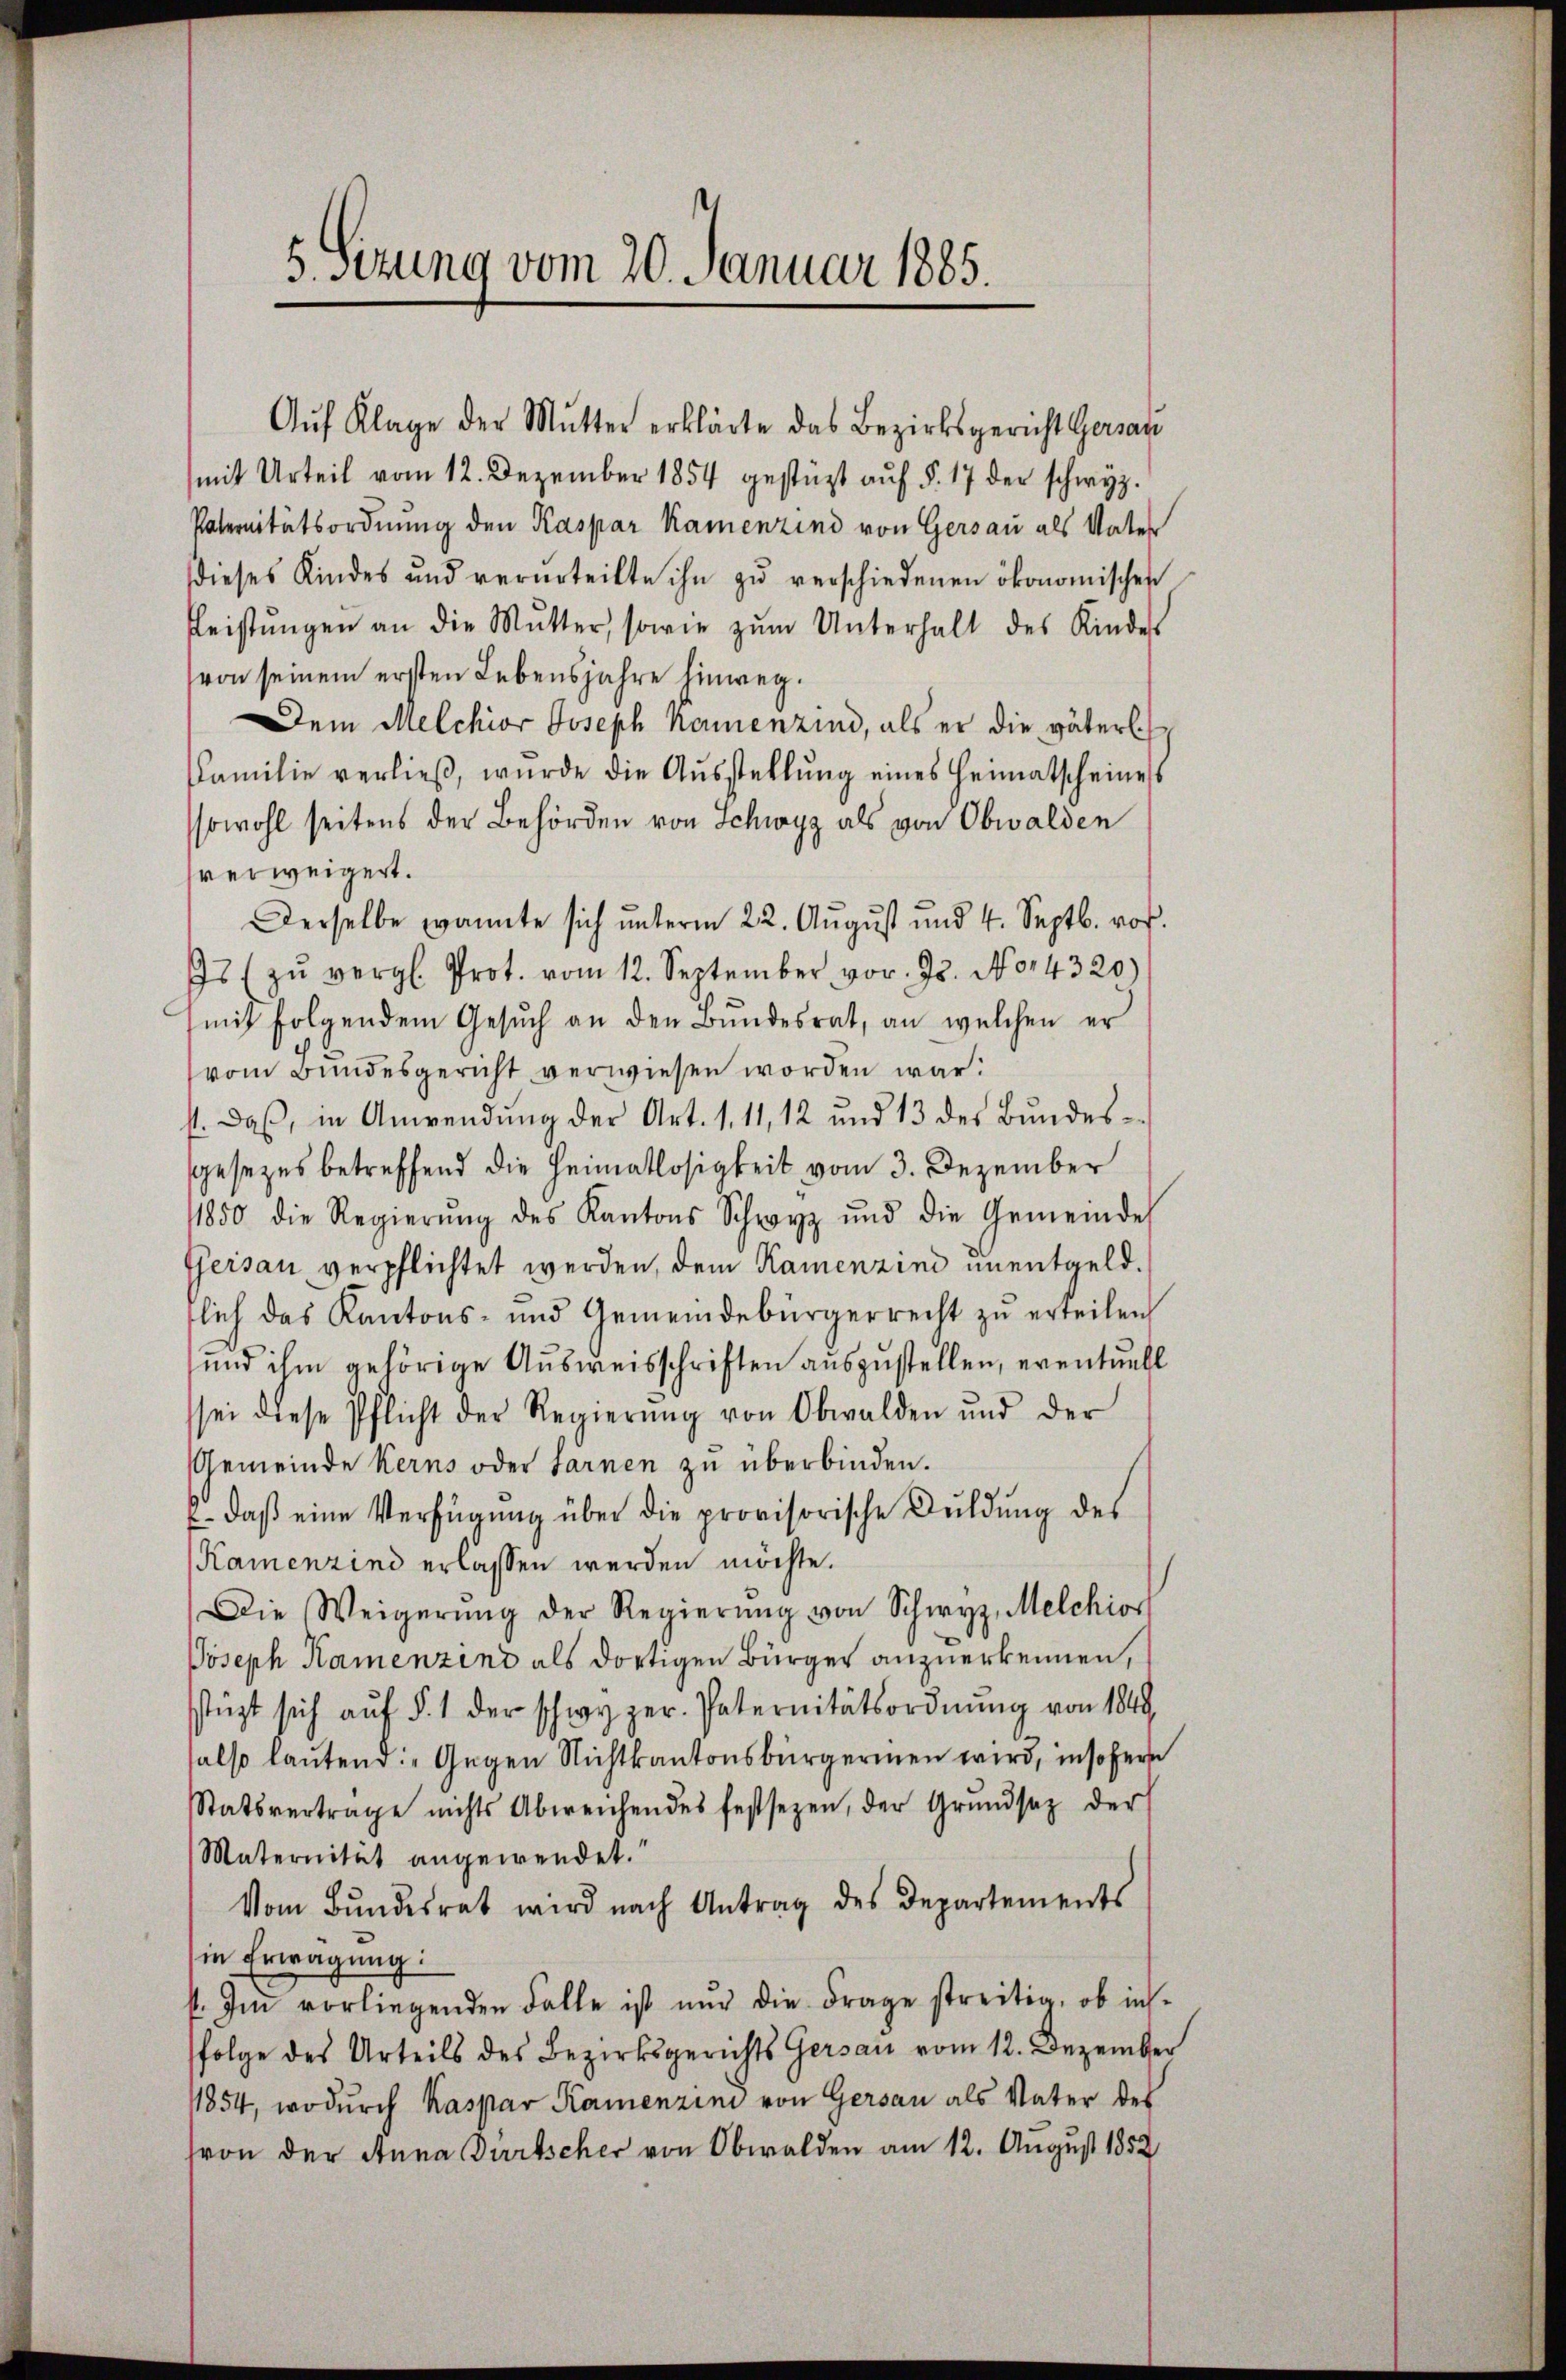
5 Sizung vom 20. Januar 1885.

Aŭf Klage der Mutter erklärte das Bezirksgericht Gersatz
mit Urteil vom 12. Dezember 1854 gestüzt aŭf § 17 der schwyz.
Paternitätsordnung den Kaspar Kamenzind von Gersau als Vater
dieses Kindes und verurteilte ihn zŭ verschiedenen ökonomischen
fleistŭngen an die Mutter, sowie zŭm Unterhalt des Kindes
von seinem ersten Lebensjahre hinweg.
Dem Melchior Joseph Kamenzind, als er die väterl
Familie verlieβ, wurde die Aŭsstellŭng eines Heimatscheines
sowohl seitens der Behörden von Schwyz als von Obwalden
hverweigert.
Derselbe kannte sich ŭnterm 22. Aŭgŭst und 4. Septb. vor.
Is (zŭ vergl. Prot. vom 12. September vor. Js. No 14320
mit folgendem Gesŭch an den Bŭndesrat, an welchen er
vom Bundesgericht verwiesen worden war.
st. Daß, in Anwendung der Art. 1. 11, 12 und 13 des Bundes-
gesezes betreffend die Heimatlosigkeit vom 3. Dezember
11850 die Regierŭng des Kantons Schwyz und die Gemeinde
Gersau verpflichtet werden, dem Kamenzind unentgeld.
flich das Kantons- und Gemeindebürgerrecht zŭ erteilen,
und ihm gehörige Ausweisschriften auszustellen, eventuell
sei diese Pflicht der Regierŭng von Obwalden und der
Gemeinde Kerns oder Sarnen zŭ überbinden.
E daß eine Verfügung über die provisorische Duldung des
Kamenzind erlassen werden möchte.
Die Weigerŭng der Regierŭng von Schwyz, Melchios
Joseph Kamenzend als dortigen Bürger anzuerkennen,
stüzt sich aŭf § 1 der schwyzer. Paternitätsordnŭng von 1849
salso lautend: „Gegen Nichtkantonsbürgermen wird, insofern
Statsvertrage nichts Abweichendes festsezen, der Grŭndsaz der
Maternität angewendet.
Vom Bŭndesrat wird nach Antrag des Departements
in Erwägung:
st. Im vorliegenden Falle ist nŭr die Frage streitig, ob ins-
folge des Urteils des Bezirksgerichts Gersau vom 12. Dezember
1854, wodurch Kaspar Kamenzini von Gersau als Vater des
(von der Anna Partscher von Obwalden am 12. August 1852